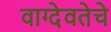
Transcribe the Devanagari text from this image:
वाग्देवतेचे